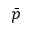
\bar { p }